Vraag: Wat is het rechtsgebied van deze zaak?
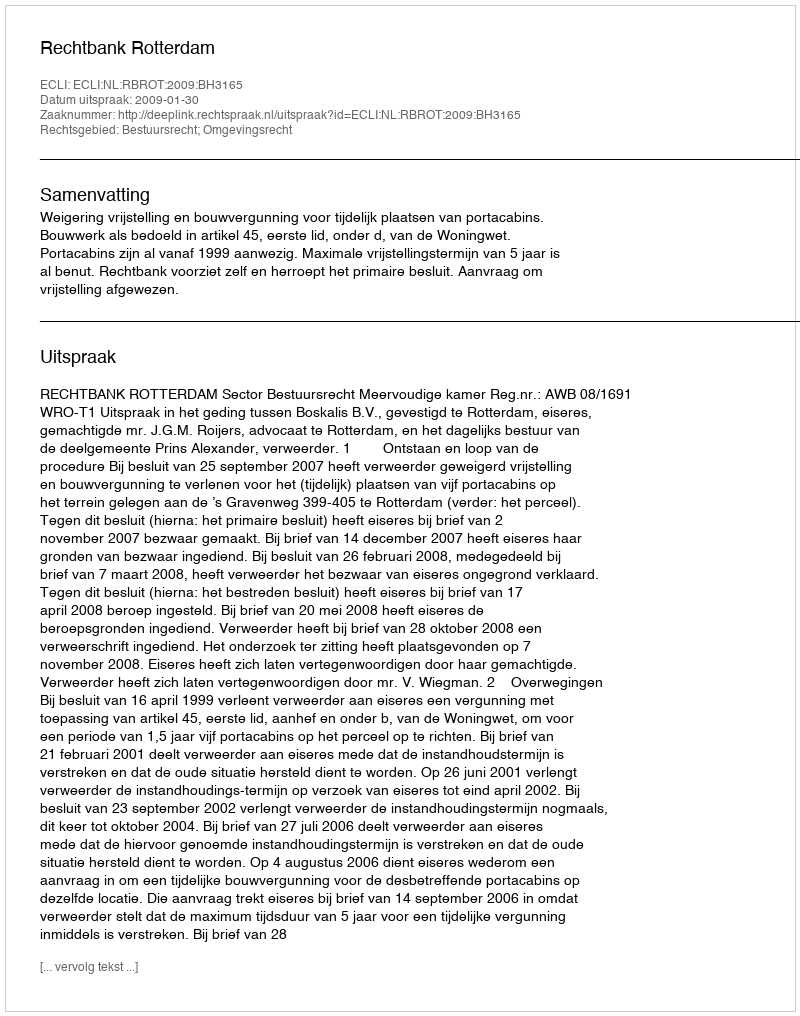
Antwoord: Bestuursrecht; Omgevingsrecht